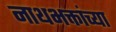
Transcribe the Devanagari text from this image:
नाथभक्तांच्या